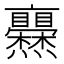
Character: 𤓥